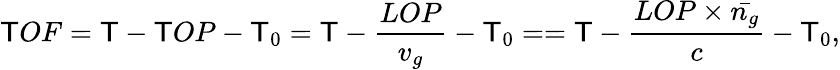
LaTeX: \mathsf{T}OF=\mathsf{T}-\mathsf{T}OP-\mathsf{T}_{0}=\mathsf{T}-\frac{{LOP}}{{v_{g}}}-\mathsf{T}_{0}==\mathsf{T}-\frac{{LOP\times\bar{{n_{g}}}}}{{c}}-\mathsf{T}_{0},